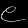
Digit: ၉